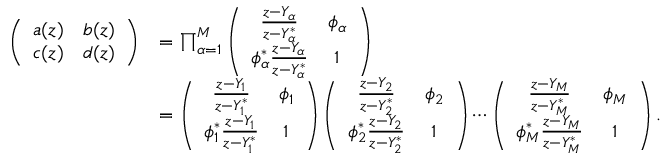
\begin{array} { r l } { \left( \begin{array} { l l } { a ( z ) } & { b ( z ) } \\ { c ( z ) } & { d ( z ) } \end{array} \right) } & { = \prod _ { \alpha = 1 } ^ { M } \left( \begin{array} { c c } { \frac { z - Y _ { \alpha } } { z - Y _ { \alpha } ^ { * } } } & { \phi _ { \alpha } } \\ { \phi _ { \alpha } ^ { * } \frac { z - Y _ { \alpha } } { z - Y _ { \alpha } ^ { * } } } & { 1 } \end{array} \right) } \\ & { = \left( \begin{array} { c c } { \frac { z - Y _ { 1 } } { z - Y _ { 1 } ^ { * } } } & { \phi _ { 1 } } \\ { \phi _ { 1 } ^ { * } \frac { z - Y _ { 1 } } { z - Y _ { 1 } ^ { * } } } & { 1 } \end{array} \right) \left( \begin{array} { c c } { \frac { z - Y _ { 2 } } { z - Y _ { 2 } ^ { * } } } & { \phi _ { 2 } } \\ { \phi _ { 2 } ^ { * } \frac { z - Y _ { 2 } } { z - Y _ { 2 } ^ { * } } } & { 1 } \end{array} \right) \cdots \left( \begin{array} { c c } { \frac { z - Y _ { M } } { z - Y _ { M } ^ { * } } } & { \phi _ { M } } \\ { \phi _ { M } ^ { * } \frac { z - Y _ { M } } { z - Y _ { M } ^ { * } } } & { 1 } \end{array} \right) . } \end{array}